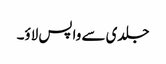
جلدی سے واپس لاؤ۔